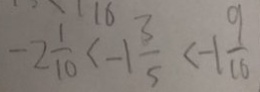
- 2 \frac { 1 } { 1 0 } < - 1 \frac { 3 } { 5 } < - 1 \frac { 9 } { 1 6 }